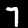
Label: 7